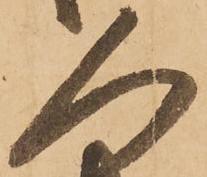
人